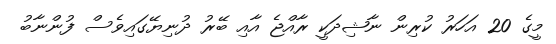
މީގެ 20 އަހަރު ކުރިން ނާޝިދަކީ ރާއްޖެ އާއި ބޭރު ދުނިޔޭގައިވެސް ފުންނާބު